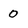
Character: 0